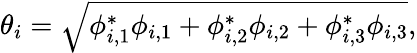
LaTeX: \theta_{i}=\sqrt{\phi_{i,1}^{*}\phi_{i,1}+\phi_{i,2}^{*}\phi_{i,2}+\phi_{i,3}^{*}\phi_{i,3}},